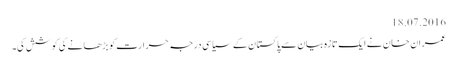
18.07.2016
عمران خان نے ایک تازہ بیان سے پاکستان کے سیاسی درجہ حرارت کو بڑھانے کی کوشش کی۔